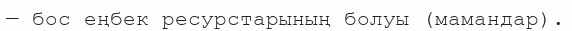
— бос еңбек ресурстарының болуы (мамандар).